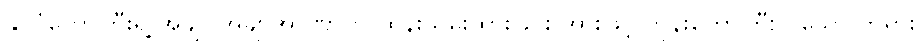
နိုင်ငံတော်ကြီးရဲ့ အချုပ်အချာအာဏာကို ထိန်းသိမ်းထားခြင်း အားဖြင့် ဘုန်းတော်ကြီးလှသော ဘုရား